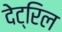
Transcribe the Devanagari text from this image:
देट्रिल